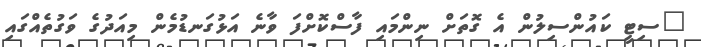
"ސިޓީ ކައުންސިލުން އެ ގޮތަށް ނިންމައި ފާސްކޮށްފަ ވާނެ އަޅުގަނޑުމެން މިއަދުގެ ވަގުތެއްގައި